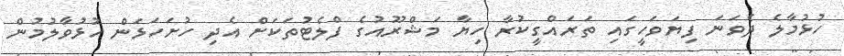
ހުޅުމާލެެ ދެވަނަ ފިޔަވަހީގައި ތަރައްގީކުރާ ހިޔާ މަޝްރޫއުގެ ފްލެޓުތަކަށް އެދި ހުށަހަޅަން ހުޅުވާލުމުން